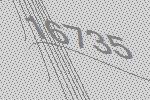
16735